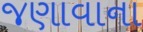
જણાવાના